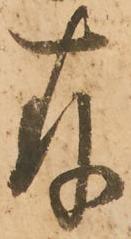
存